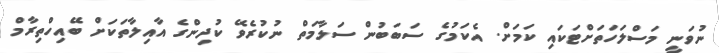
ނުވަނީ މަސްލަހަތަށްޓަކައި ކަމަށް. އެކަމުގެ ސަބަބުން ސަލާމަތް ނުކުރެވޭ ކުދިންގެ އާއިލާތަކަށް ބޭއިހްތިރާމް